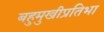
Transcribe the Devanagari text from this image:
बहुमुखीप्रतिभा